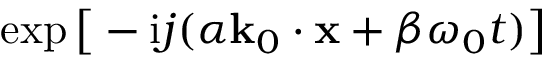
\exp \big [ - \mathrm { i } j ( \alpha \mathbf { k } _ { 0 } \cdot \mathbf { x } + \beta \omega _ { 0 } t ) \big ]